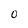
Character: 0